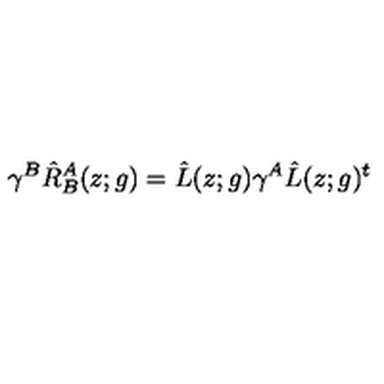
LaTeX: \gamma ^ { B } \hat { R } _ { B } ^ { A } ( z ; g ) = \hat { L } ( z ; g ) \gamma ^ { A } \hat { L } ( z ; g ) ^ { t }